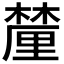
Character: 𨤳